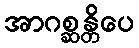
အာဂစ္ဆန္တိပေ